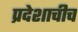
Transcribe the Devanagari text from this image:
प्रदेशाचीच